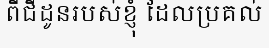
ពីជីដូនរបស់ខ្ញុំ ដែលប្រគល់